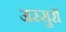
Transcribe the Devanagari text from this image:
अस्सुरों